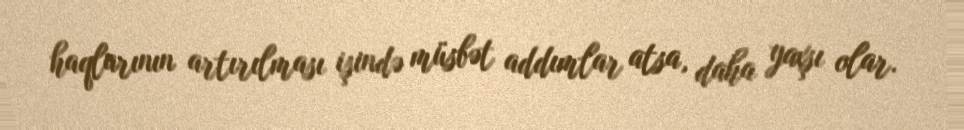
haqlarının artırılması işində müsbət addımlar atsa, daha yaxşı olar.